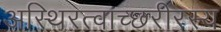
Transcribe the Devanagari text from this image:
अस्थिरत्वाच्छरीरस्य